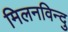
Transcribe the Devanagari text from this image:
मिलनविन्दु